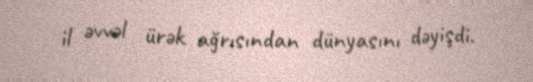
il əvvəl ürək ağrısından dünyasını dəyişdi.